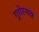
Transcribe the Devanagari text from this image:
गुरोरन्यन्न